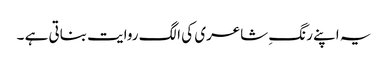
یہ اپنے رنگِ شاعری کی الگ روایت بناتی ہے ۔